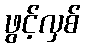
ဖွင့်လှစ်